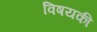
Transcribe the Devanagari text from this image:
विषयकी